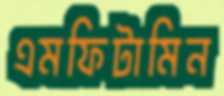
এমফিটামিন